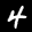
Label: 4